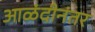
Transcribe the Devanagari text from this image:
आळंदीनंतर